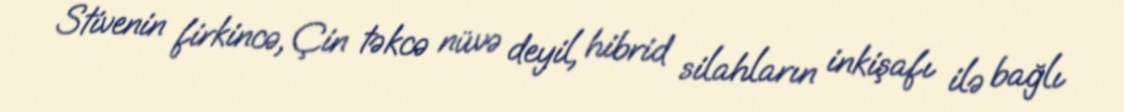
Stivenin firkincə, Çin təkcə nüvə deyil, hibrid silahların inkişafı ilə bağlı